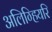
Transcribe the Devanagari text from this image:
अलिग्हियरि